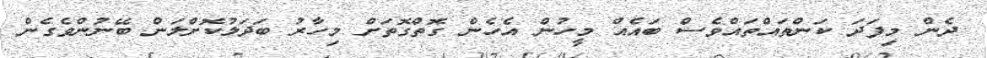
ދެން މިފަދަ ކަންތައްތައްވެސް ބައެއް މީހުން އެހެން ގޮތްގޮތަށް މިހާރު ބަދަލުކޮށްލަން ބޭނުންވެގެން